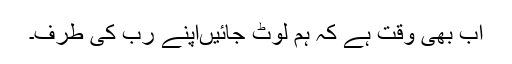
اب بھی وقت ہے کہ ہم لوٹ جائیںاپنے رب کی طرف۔